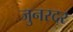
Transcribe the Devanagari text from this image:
जुनरदर